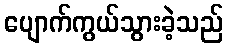
ပျောက်ကွယ်သွားခဲ့သည်